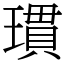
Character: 瑻